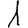
Digit: 1